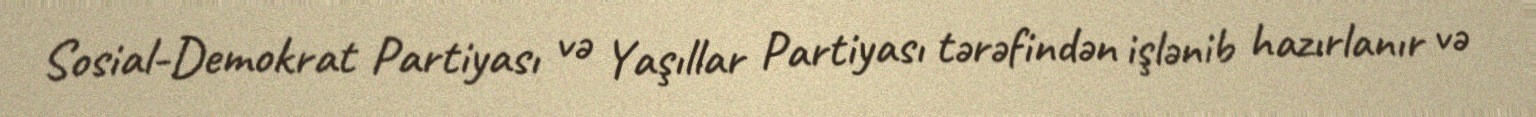
Sosial-Demokrat Partiyası və Yaşıllar Partiyası tərəfindən işlənib hazırlanır və